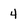
Character: 4